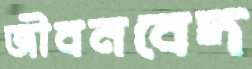
জীবনবেদ